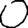
Digit: 0